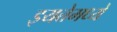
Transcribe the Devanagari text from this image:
इयत्तेमध्ये